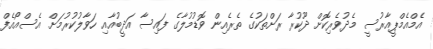
އެމްއެމްޕީއާރުސީ މެދުވެރިކޮށް ދޫކުރާ ރަށްތަކުގެ ތެރެއިން ވޮޑުމުލާގެ ފައިސާ އަދީބުއާއި ހަވާލުކުރުމަށް އެސްއޯއެފް